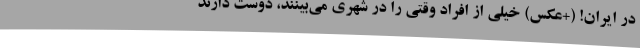
در ایران! (+عکس) خیلی از افراد وقتی را در شهری می‌بینند، دوست دارند